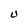
Character: U